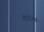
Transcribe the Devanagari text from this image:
मोरोनेस